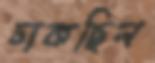
ঢাকছিল